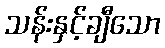
သန်းနှင့်ချီသော